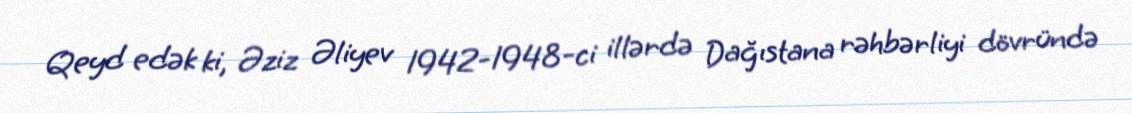
Qeyd edək ki, Əziz Əliyev 1942-1948-ci illərdə Dağıstana rəhbərliyi dövründə